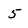
Character: 5